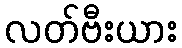
လတ်ဗီးယား